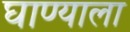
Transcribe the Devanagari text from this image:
घाण्याला